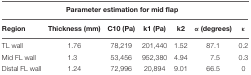
<table><thead><tr><td colspan="7"><b>Parameter estimation for mid flap</b></td></tr><tr><td><b>Region</b></td><td><b>Thickness (mm)</b></td><td><b>C10 (Pa)</b></td><td><b>k1 (Pa)</b></td><td><b>k2</b></td><td><b>α (degrees)</b></td><td><b>κ</b></td></tr></thead><tbody><tr><td>TL wall</td><td>1.76</td><td>78,219</td><td>201,440</td><td>1.52</td><td>87.1</td><td>0.2</td></tr><tr><td>Mid FL wall</td><td>1.3</td><td>53,456</td><td>952,380</td><td>4.94</td><td>7.5</td><td>0.3</td></tr><tr><td>Distal FL wall</td><td>1.24</td><td>72,996</td><td>20,894</td><td>9.01</td><td>66.5</td><td>0</td></tr></tbody></table>